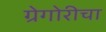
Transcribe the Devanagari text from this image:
ग्रेगोरीचा